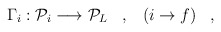
\begin{align*}\Gamma_i: {\cal P}_i \longrightarrow {\cal P}_L\;\;\;,\;\;\;(i \rightarrow f) \;\;\; ,\end{align*}